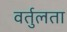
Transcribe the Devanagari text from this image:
वर्तुलता